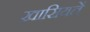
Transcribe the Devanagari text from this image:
ख़ासियतें